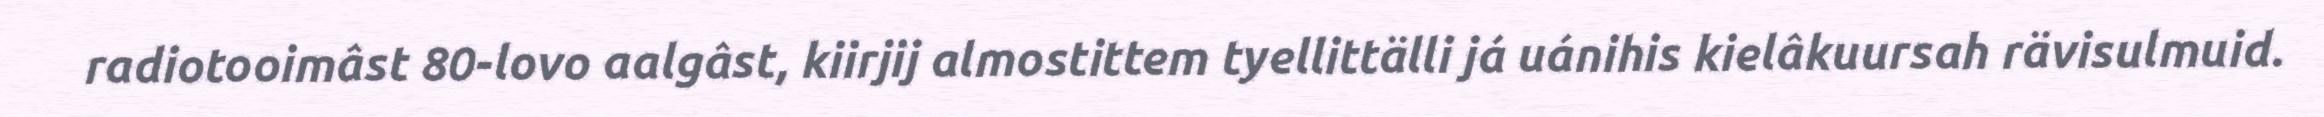
radiotooimâst 80-lovo aalgâst, kiirjij almostittem tyellittälli já uánihis kielâkuursah rävisulmuid.